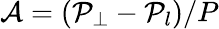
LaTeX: {\mathcal{A}}=\left({\mathcal{P}}_{\perp}-{\mathcal{P}}_{l}\right)/P